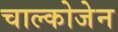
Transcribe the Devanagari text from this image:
चाल्कोजेन